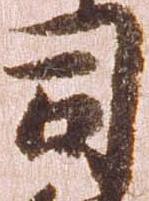
司